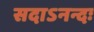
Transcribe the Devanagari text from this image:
सदाऽनन्दः